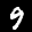
Label: 9